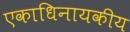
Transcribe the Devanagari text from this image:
एकाधिनायकीय